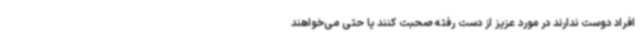
افراد دوست ندارند در مورد عزیز از دست رفته‌ صحبت کنند یا حتی می‌خواهند